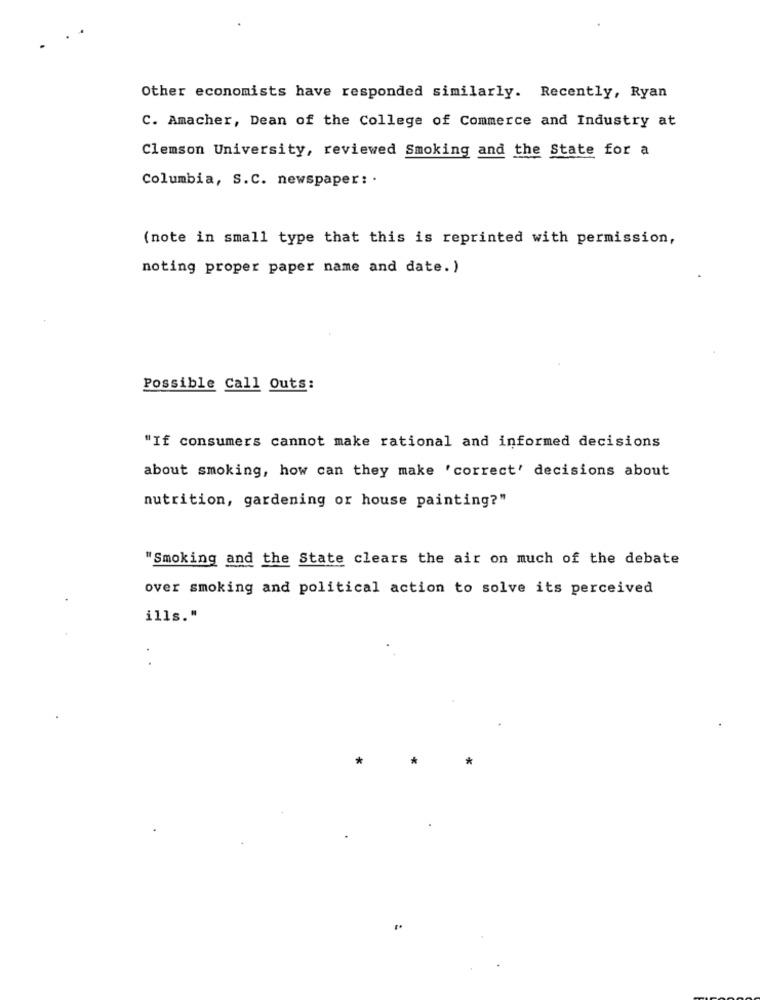
Other economists have responded similarly. Recently, Ryan
C. Amacher, Dean of the College of Commerce and Industry at
Clemson University, reviewed Smoking and the State for a
Columbia, S.C. newspaper: .
(note in small type that this is reprinted with permission,
noting proper paper name and date. )
Possible Call Outs:
"If consumers cannot make rational and informed decisions
about smoking, how can they make 'correct' decisions about
nutrition, gardening or house painting?"
"Smoking and the State clears the air on much of the debate
over smoking and political action to solve its perceived
ills."
*